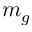
m _ { g }